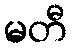
မတီ